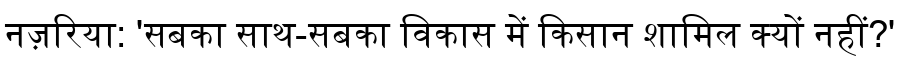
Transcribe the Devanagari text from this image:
नज़रिया: 'सबका साथ-सबका विकास में किसान शामिल क्यों नहीं?'